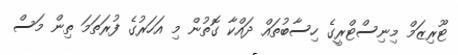
ޓޫރިޒަމް މިނިސްޓްރީގެ ހިސާބުތައް ދައްކާ ގޮތުން މި އަހަރުގެ ފުރަތަމަ ތިން މަސް